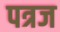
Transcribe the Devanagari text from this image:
पत्रज